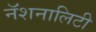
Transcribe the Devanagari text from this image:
नॅशनालिटी